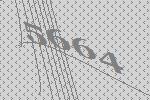
5664